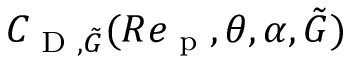
C _ { \textup { D } , \tilde { G } } ( R e _ { \textup { p } } , \theta , \alpha , \tilde { G } )